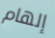
إلهام